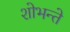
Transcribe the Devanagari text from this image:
शोभन्ते